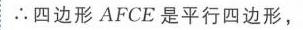
\(\therefore\)四边形 \(AFCE\)是平行四边形，